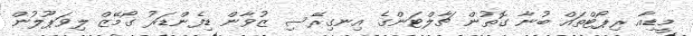
މީޑިއާ ރިޕޯޓްތައް ބުނާ ގޮތުން ޗާލްޓަންގެ އިނގިރޭސި ޒުވާން ޑިފެންޑަރު ގޯމޭޒް ލިވަޕޫލުން